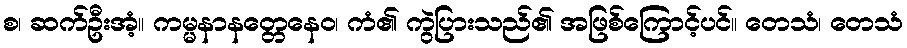
စ၊ ဆက်ဦးအံ့။ ကမ္မနာနတ္တေနေဝ၊ ကံ၏ ကွဲပြားသည်၏ အဖြစ်ကြောင့်ပင်။ တေသံ၊ တေသံ